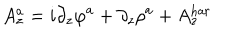
A _ { z } ^ { a } = i \partial _ { z } \varphi ^ { a } + \partial _ { z } \rho ^ { a } + A _ { z } ^ { \mathrm { h a r } }